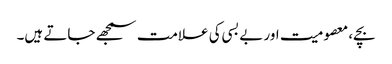
بچے، معصومیت اور بے بسی کی علامت سمجھے جاتے ہیں۔